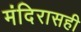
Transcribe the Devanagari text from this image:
मंदिरासही